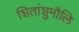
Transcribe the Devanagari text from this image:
शितांशुमौलि